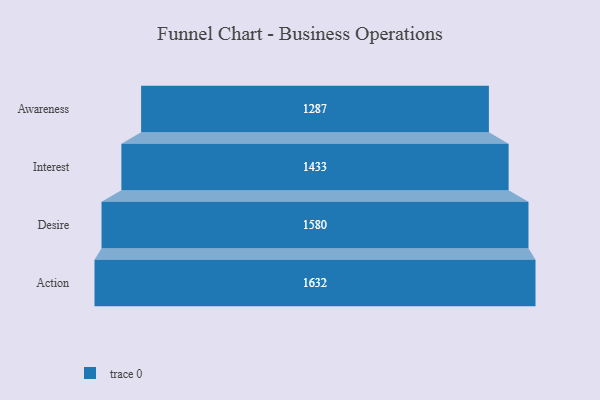
{"axis": {"x": "Stage", "y": "Value"}, "legend": [""], "data": [{"x": "Awareness", "y": 1287.0, "type": ""}, {"x": "Interest", "y": 1433.0, "type": ""}, {"x": "Desire", "y": 1580.0, "type": ""}, {"x": "Action", "y": 1632.0, "type": ""}]}